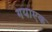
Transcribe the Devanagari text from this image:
गयाएक